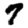
Digit: 7